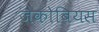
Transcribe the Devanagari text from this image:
जैकोबियस